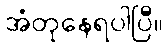
အံတုနေရပါပြီ။